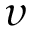
\upsilon